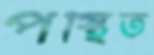
পস্থিত